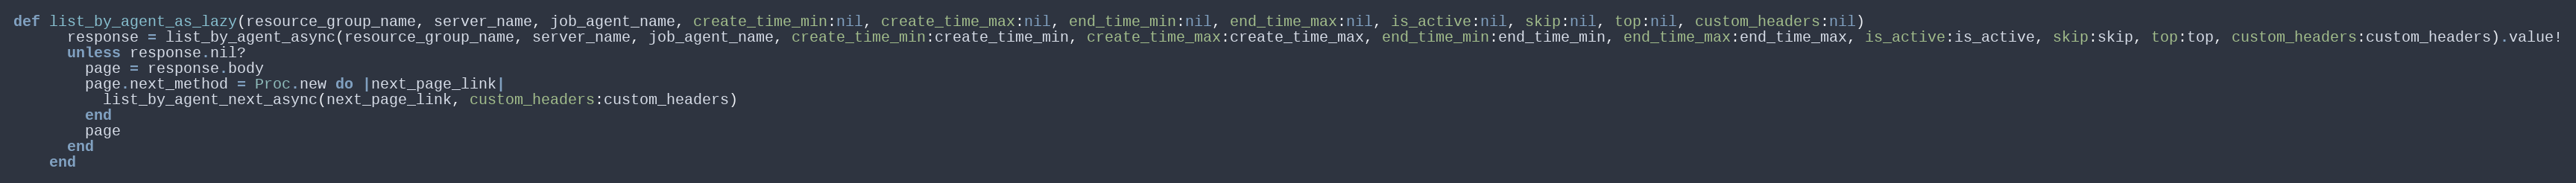
Language: Ruby
def list_by_agent_as_lazy(resource_group_name, server_name, job_agent_name, create_time_min:nil, create_time_max:nil, end_time_min:nil, end_time_max:nil, is_active:nil, skip:nil, top:nil, custom_headers:nil)
      response = list_by_agent_async(resource_group_name, server_name, job_agent_name, create_time_min:create_time_min, create_time_max:create_time_max, end_time_min:end_time_min, end_time_max:end_time_max, is_active:is_active, skip:skip, top:top, custom_headers:custom_headers).value!
      unless response.nil?
        page = response.body
        page.next_method = Proc.new do |next_page_link|
          list_by_agent_next_async(next_page_link, custom_headers:custom_headers)
        end
        page
      end
    end